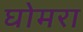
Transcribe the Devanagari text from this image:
घोमरा